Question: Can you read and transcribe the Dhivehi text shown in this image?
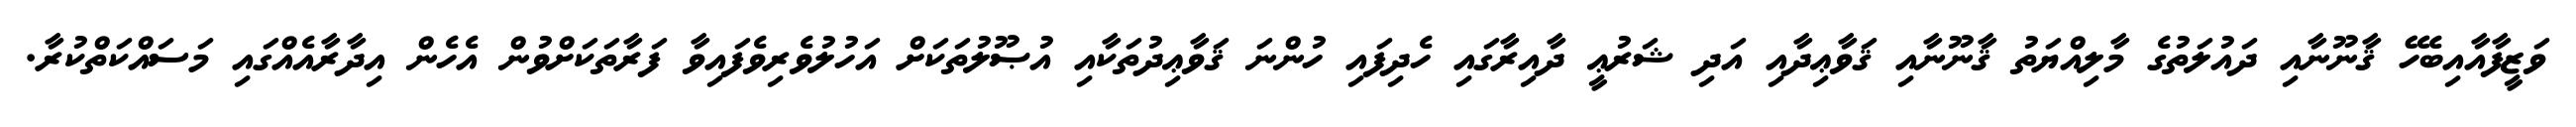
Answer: ވަޒީފާއާއިބެހޭ ޤާނޫނާއި ދައުލަތުގެ މާލިއްޔަތު ޤާނޫނާއި ޤަވާޢިދާއި އަދި ޝަރުޢީ ދާއިރާގައި ހެދިފައި ހުންނަ ޤަވާޢިދުތަކާއި އުޞޫލުތަކަށް އަހުލުވެރިވެފައިވާ ފަރާތަކަށްވުން އެހެން އިދާރާއެއްގައި މަސައްކަތްކުރާ.